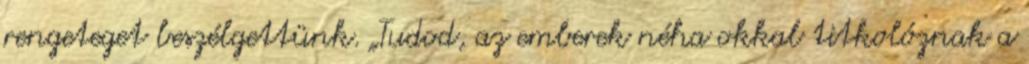
rengeteget beszélgettünk. „Tudod, az emberek néha okkal titkolóznak a